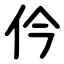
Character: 仱